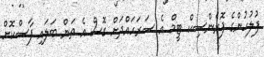
ފުލުހުންގެ ފޮރެންސިކް ޓީމް އެ ސަރަހައްދަށް ގޮސް އެ ތަން ބަލައި ފާސްކޮށް